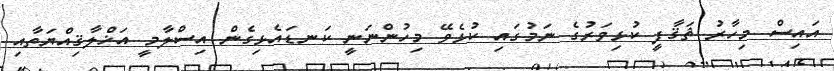
އައިސް މިހާރު ޘަޤާފީ ކުޅިވަރުގެ ނަމުގައި ކުޅެވޭ މިހުންނަނީ ކަނޑައެޅިގެން އިސްލާމީ އަޚްލާޤިއްޔަތާއި